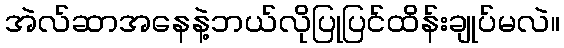
အဲလ်ဆာအနေနဲ့ဘယ်လိုပြုပြင်ထိန်းချုပ်မလဲ။